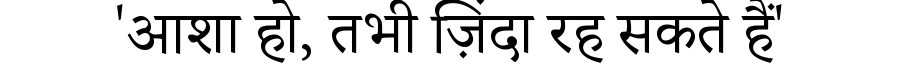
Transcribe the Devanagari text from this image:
'आशा हो, तभी ज़िंदा रह सकते हैं'